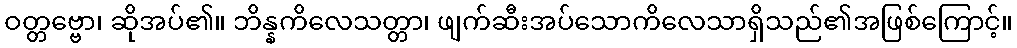
ဝတ္တဗ္ဗော၊ ဆိုအပ်၏။ ဘိန္နကိလေသတ္တာ၊ ဖျက်ဆီးအပ်သောကိလေသာရှိသည်၏အဖြစ်ကြောင့်။